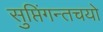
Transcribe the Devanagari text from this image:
सुप्तिंगन्तचयो